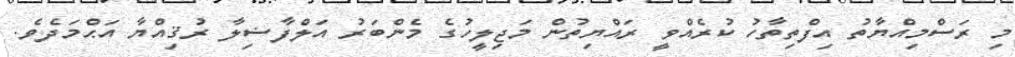
މި ރަސްމިއްޔާތު އިފްތިތާހު ކުރެއްވީ ރައްޔިތުން މަޖިލީހުގެ މެންބަރު އަލްފާޟިލާ ރުޤިއްޔާ އަޙްމަދެވެ.